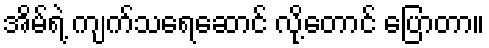
အိမ်ရဲ့ ကျက်သရေဆောင် လို့တောင် ပြောတာ။